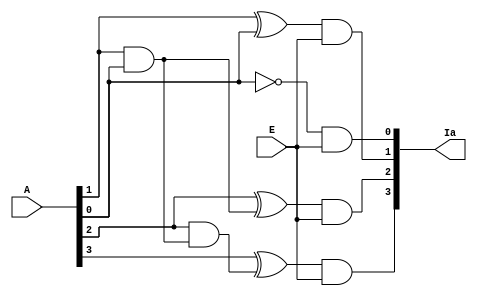
`timescale 1ns / 1ps
//////////////////////////////////////////////////////////////////////////////////
// Company: 
// Engineer: 
// 
// Design Name: 
// Module Name:    incrementor 
// Project Name: 
// Target Devices: 
// Tool versions: 
// Description: 
//
// Dependencies: 
//
// Revision: 
// Revision 0.01 - File Created
// Additional Comments: 
//
//////////////////////////////////////////////////////////////////////////////////
module incrementor(A, E, Ia);
	 
input		[3:0]A;
input		E;
output	[3:0]Ia;
wire		[7:0]w;

	xor	(w[0],A[0],1);
	and	(Ia[0],w[0],E);
	and	(w[1],A[0],1);
	
	xor	(w[2],A[1],w[1]);
	and	(Ia[1],w[2],E);
	and	(w[3],A[1],w[1]);

	xor	(w[4],A[2],w[3]);
	and	(Ia[2],w[4],E);
	and	(w[5],A[2],w[3]);

	xor	(w[6],A[3],w[5]);
	and	(Ia[3],w[6],E);
	and	(w[7],A[3],w[5]);	



endmodule